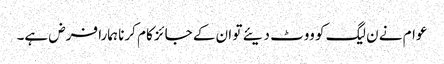
عوام نے ن لیگ کو ووٹ دیئے تو ان کے جائز کام کرنا ہمارا فرض ہے۔